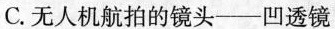
C.无人机航拍的镜头——凹透镜